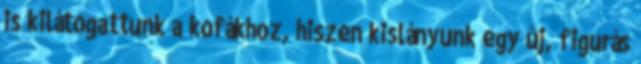
is kilátogattunk a kofákhoz, hiszen kislányunk egy új, figurás